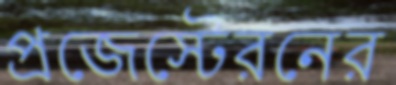
প্রজেস্টেরনের